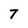
Character: 7